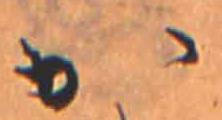
か